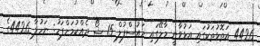
4426 އަތޮޅުތަކުގައި އަޅުވާނީ މާލޭގައި ހައުސްފުލް 15 ޝޯ ދެއްކުމަށްފަހު: ނަހުލާ 4426ގެ